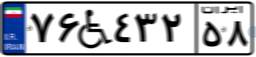
۷۶W۴۳۲۵۸